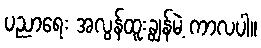
ပညာရေး အလွန်ထူးချွန်မဲ့ ကာလပါ။